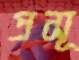
প্রসূ